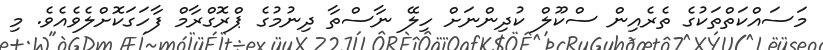
މަސައްކަތްތަކުގެ ތެރެއިން ސްކޫލް ކުދިންނަށް ހިލޭ ނާސްތާ ދިނުމުގެ ޕްރޮގްރާމް ފާހަގަކޮށްލެވެއެވެ. މި